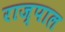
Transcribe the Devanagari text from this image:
राज्पाल